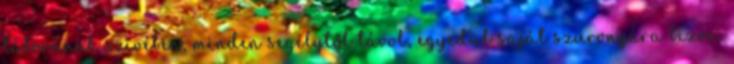
táborának szivében, minden segélytől távol, egyedül saját szuronyára bízva.